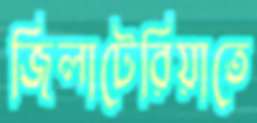
জিলাটেরিয়াতে